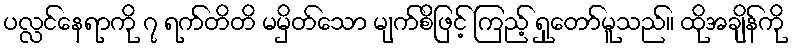
ပလ္လင်နေရာကို ၇ ရက်တိတိ မမှိတ်သော မျက်စိဖြင့် ကြည့် ရှုတော်မူသည်။ ထိုအချိန်ကို